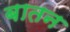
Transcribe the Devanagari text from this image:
बातन